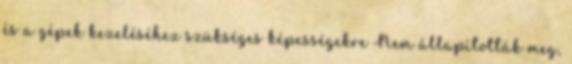
és a gépek kezeléséhez szükséges képességekre Nem állapították meg,